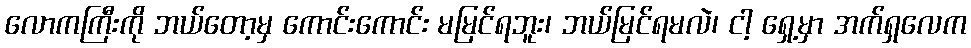
လောကကြီးကို ဘယ်တော့မှ ကောင်းကောင်း မမြင်ရဘူး၊ ဘယ်မြင်ရမလဲ၊ ငါ့ ရှေ့မှာ အက်ရှလေက